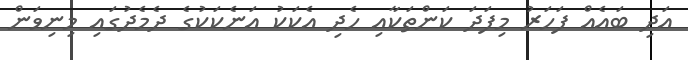
އަދި ބައެއް ފަހަރު މިފަދަ ކަންތަކާއި ހެދި އެކަކު އަނެކަކުގެ ދެމެދުގައި މިނިވަން